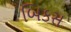
બિકસ